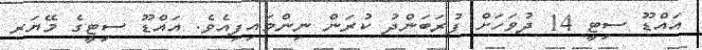
އައްޑޫ ސިޓީ 14 ދުވަހަށް ފުރަބަންދު ކުރަން ނިންމައިފިއެވެ. އައްޑޫ ސިޓީގެ މޭޔަރ